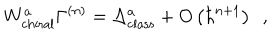
W _ { \mathrm { c h i r a l } } ^ { a } \Gamma ^ { \left( n \right) } = \Delta _ { \mathrm { c l a s s } } ^ { a } + O \left( \hbar ^ { n + 1 } \right) \, \, \, ,